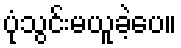
ပုံသွင်းမယူခဲ့ပေ။